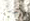
حذرني